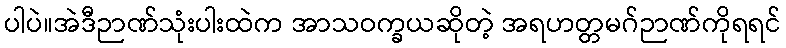
ပါပဲ။အဲဒီဉာဏ်သုံးပါးထဲက အာသဝက္ခယဆိုတဲ့ အရဟတ္တမဂ်ဉာဏ်ကိုရရင်